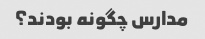
مدارس چگونه بودند؟